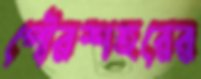
পৌরশহরের